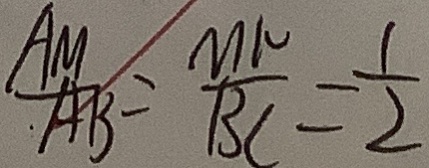
\frac { A M } { A B } = \frac { M N } { B C } = \frac { 1 } { 2 }